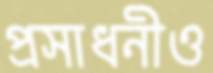
প্রসাধনীও